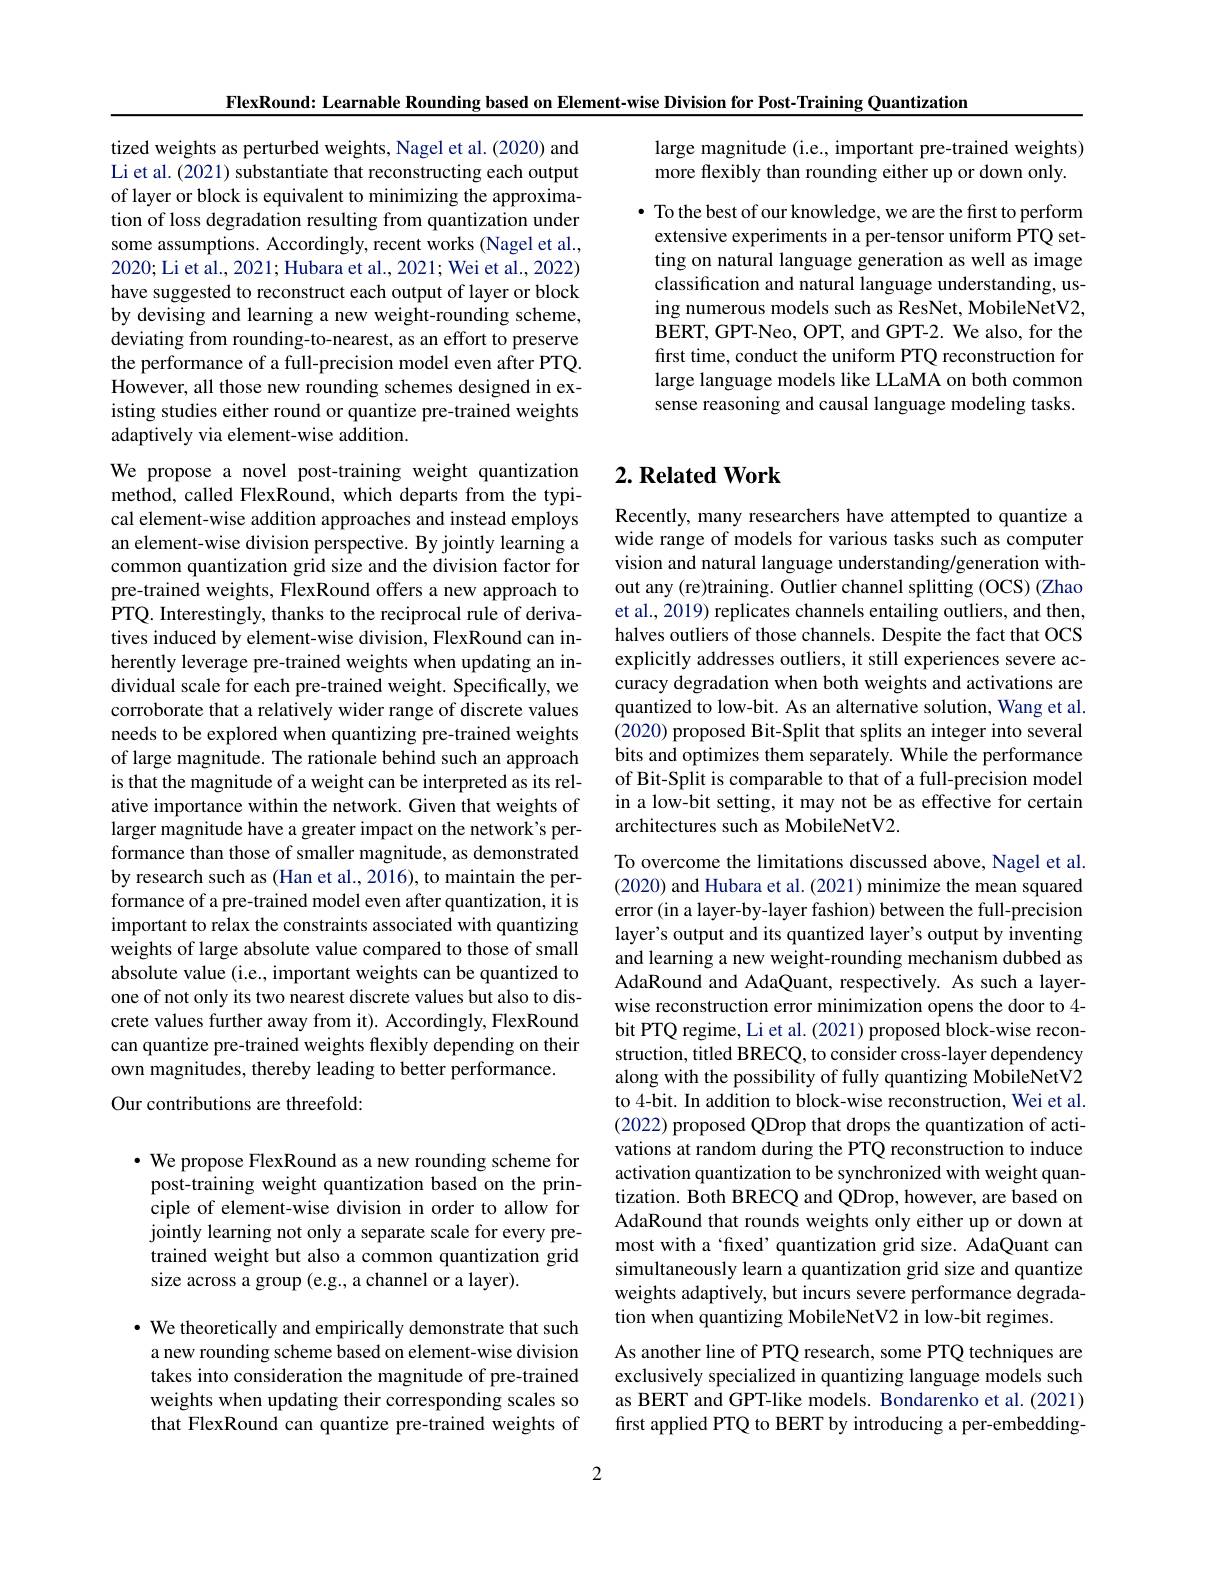
FlexRound: Learnable Rounding based on Element-wise Division for Post-Training Quantization

large magnitude (i.e., important pre-trained weights)
more flexibly than rounding either up or down only

tized weights as perturbed weights, Nagel et al. (2020) and Li et al. (2021) substantiate that reconstructing each output of layer or block is equivalent to minimizing the approximation of loss degradation resulting from quantization under some assumptions. Accordingly, recent works (Nagel et al., 2020; Li et al., 2021; Hubara et al., 2021; Wei et al., 2022) have suggested to reconstruct each output of layer or block by devising and learning a new weight-rounding scheme, deviating from rounding-to-nearest, as an effort to preserve the performance of a full-precision model even after PTQ. However, all those new rounding schemes designed in existing studies either round or quantize pre-trained weights adaptively via element-wise addition.

· To the best of our knowledge, we are the first to perform extensive experiments in a per-tensor uniform PTQ setting on natural language generation as well as image classification and natural language understanding, using numerous models such as ResNet, MobileNetV2, BERT, GPT-Neo, OPT, and GPT-2. We also, for the first time, conduct the uniform PTQ reconstruction for large language models like LLaMA on both common sense reasoning and causal language modeling tasks.

## $2. \textbf{ Related Work}$

We propose a novel post-training weight quantization method, called FlexRound, which departs from the typical element-wise addition approaches and instead employs an element-wise division perspective. By jointly learning a common quantization grid size and the division factor for pre-trained weights, FlexRound offers a new approach to PTQ. Interestingly, thanks to the reciprocal rule of derivatives induced by element-wise division, FlexRound can inherently leverage pre-trained weights when updating an individual scale for each pre-trained weight. Specifically, we corroborate that a relatively wider range of discrete values needs to be explored when quantizing pre-trained weights of large magnitude. The rationale behind such an approach is that the magnitude of a weight can be interpreted as its relative importance within the network. Given that weights of larger magnitude have a greater impact on the network's performance than those of smaller magnitude, as demonstrated by research such as (Han et al., 2016), to maintain the performance of a pre-trained model even after quantization, it is important to relax the constraints associated with quantizing weights of large absolute value compared to those of small absolute value (i.e., important weights can be quantized to one of not only its two nearest discrete values but also to discrete values further away from it). Accordingly, FlexRound can quantize pre-trained weights flexibly depending on their own magnitudes, thereby leading to better performance.
Our contributions are threefold:

Recently, many researchers have attempted to quantize a wide range of models for various tasks such as computer vision and natural language understanding/generation without any (re)training. Outlier channel splitting (OCS) (Zhao et al., 2019) replicates channels entailing outliers, and then, halves outliers of those channels. Despite the fact that OCS explicitly addresses outliers, it still experiences severe accuracy degradation when both weights and activations are quantized to low-bit. As an alternative solution, Wang et al. (2020) proposed Bit-Split that splits an integer into several bits and optimizes them separately. While the performance of Bit-Split is comparable to that of a full-precision model in a low-bit setting, it may not be as effective for certain architectures such as MobileNetV2.

To overcome the limitations discussed above, Nagel et al. (2020) and Hubara et al. (2021) minimize the mean squared error (in a layer-by-layer fashion) between the full-precision layer's output and its quantized layer's output by inventing and learning a new weight-rounding mechanism dubbed as AdaRound and AdaQuant, respectively. As such a layerwise reconstruction error minimization opens the door to 4- bit PTQ regime, Li et al. (2021) proposed block-wise reconstruction, titled BRECQ, to consider cross-layer dependency along with the possibility of fully quantizing MobileNetV2 to 4-bit. In addition to block-wise reconstruction, Wei et al. (2022) proposed QDrop that drops the quantization of activations at random during the PTQ reconstruction to induce activation quantization to be synchronized with weight quantization. Both BRECQ and QDrop, however, are based on AdaRound that rounds weights only either up or down at most with a ‘fixed’ quantization grid size. AdaQuant can simultaneously learn a quantization grid size and quantize weights adaptively, but incurs severe performance degradation when quantizing MobileNetV2 in low-bit regimes.
As another line of PTQ research, some PTQ techniques are exclusively specialized in quantizing language models such as BERT and GPT-like models. Bondarenko et al.(2021) first applied PTQ to BERT by introducing a per-embedding-

$\cdot$ We propose FlexRound as a new rounding scheme for post-training weight quantization based on the principle of element-wise division in order to allow for jointly learning not only a separate scale for every pretrained weight but also a common quantization grid size across a group (e.g., a channel or a layer).

· We theoretically and empirically demonstrate that such a new rounding scheme based on element-wise division takes into consideration the magnitude of pre-trained weights when updating their corresponding scales so that FlexRound can quantize pre-trained weights of

2